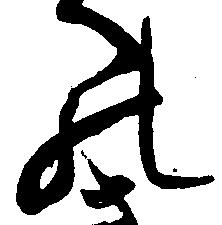
の